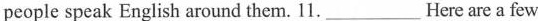
people speak English around them. 11. ___ Here are a few